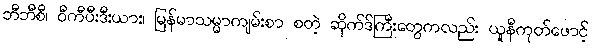
ဘီဘီစီ၊ ဝီကီပီးဒီးယား၊ မြန်မာသမ္မာကျမ်းစာ စတဲ့ ဆိုက်ဒ်ကြီးတွေကလည်း ယူနီကုတ်ဖောင့်